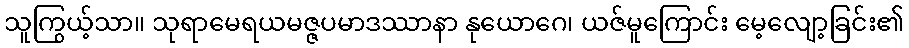
သူကြွယ့်သာ။ သုရာမေရယမဇ္ဇပမာဒဿာနာ နုယောဂေ၊ ယဇ်မူကြောင်း မေ့လျော့ခြင်း၏